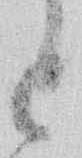
と